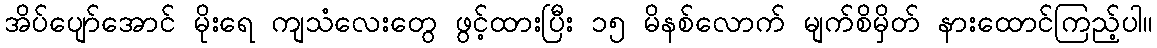
အိပ်ပျော်အောင် မိုးရေ ကျသံလေးတွေ ဖွင့်ထားပြီး ၁၅ မိနစ်လောက် မျက်စိမှိတ် နားထောင်ကြည့်ပါ။